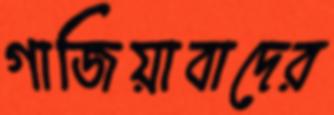
গাজিয়াবাদের